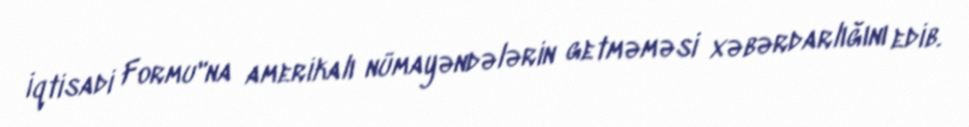
İqtisadi Formu"na amerikalı nümayəndələrin getməməsi xəbərdarlığını edib.